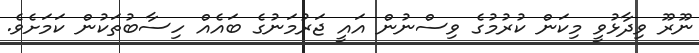
ނޫރޫ ވިދާޅުވީ މިކަން ކުރުމުގެ ވިސްނުން އައީ ޖަރުމަނުގެ ބައެއް ހިސާބުތަކުން ކަމަށެވެ.